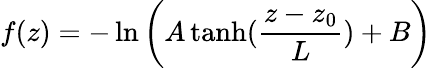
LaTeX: f(z)=-\ln\left(A\operatorname{tanh}(\frac{z-z_{0}}{L})+B\right)